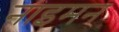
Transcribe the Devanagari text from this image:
नाइमन